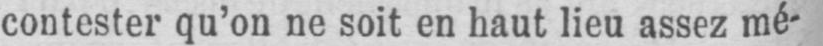
contester qu’on ne soit en haut lieu assez mé-